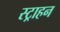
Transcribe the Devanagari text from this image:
स्ट्राहन